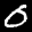
Label: 0